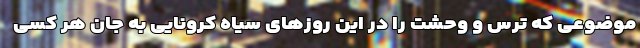
موضوعی که ترس و وحشت را در این روز‌های سیاه کرونایی به جان هر کسی